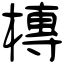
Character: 槫